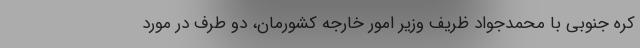
کره جنوبی با محمدجواد ظریف وزیر امور خارجه کشورمان، دو طرف در مورد